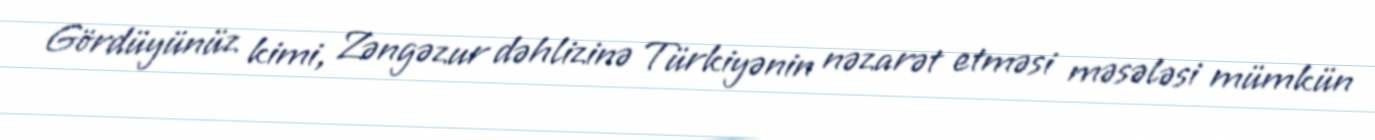
Gördüyünüz kimi, Zəngəzur dəhlizinə Türkiyənin nəzarət etməsi məsələsi mümkün